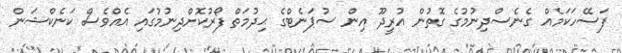
ފަސޭހަކަމެއް ގެނެސްދިނުމުގެ ގޮތުން އުރީދޫ އިން ސުޕަނެޓްގެ ޙިދުމަތް ފޯރުކޮށްދިނުމުގައި އެެއްވެސް ކަނެކްޝަން